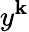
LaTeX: y^{\mathbf{k}}